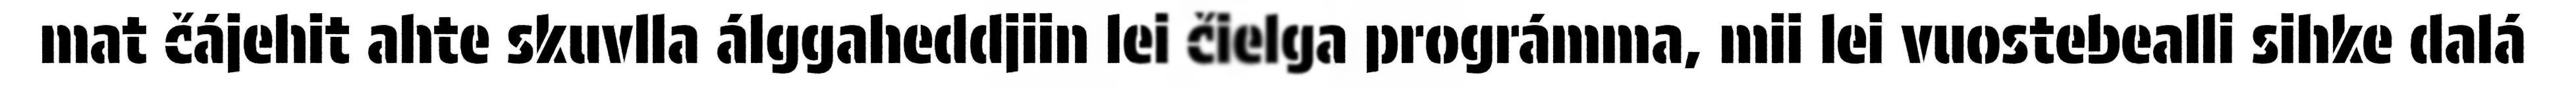
mat čájehit ahte skuvlla álggaheddjiin lei čielga prográmma, mii lei vuostebealli sihke dalá